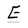
Character: E